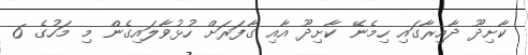
ކާށިދޫ ދާއިރާގައި ހިމެނޭ ކާށިދޫ އާއި ގާފަރަށް ހުޅުވާލައިގެން މި މަހުގެ 6